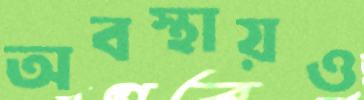
অবস্থায়ও